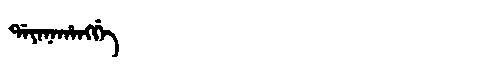
Manchu: ᡩᠠᠶᠠᠨᠠᡥᠠᠩᡤᡝ
Romanization: DAYANAHANGGE